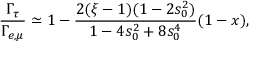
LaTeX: { \frac { \Gamma _ { \tau } } { \Gamma _ { e , \mu } } } \simeq 1 - { \frac { 2 ( \xi - 1 ) ( 1 - 2 s _ { 0 } ^ { 2 } ) } { 1 - 4 s _ { 0 } ^ { 2 } + 8 s _ { 0 } ^ { 4 } } } ( 1 - x ) ,